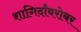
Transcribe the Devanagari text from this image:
शागिर्दांबरोबर